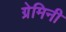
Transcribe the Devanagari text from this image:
ग्रेमिनी